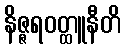
နိဇ္ဇရဝတ္ထူနီတိ